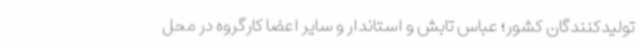
تولیدکنندگان کشور؛ عباس تابش و استاندار و سایر اعضا کارگروه در محل